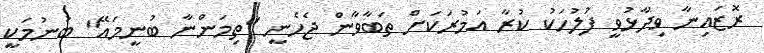
ރޮޒައިނާ ވިދާޅުވީ ފުލުހަކު ކުރާ އަމުރަކަށް ތަބާވާން ޖެހެނީ "ތިމަންނާ ބުނީމައޭ" ބުނުމަކީ